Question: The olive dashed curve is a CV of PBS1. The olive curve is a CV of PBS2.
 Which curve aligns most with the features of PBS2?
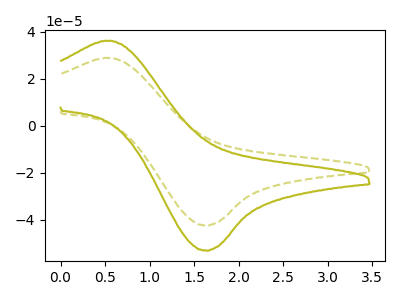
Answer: <think>The olive dashed curve "PBS1" has an anodic peak at (0.55V, 28.85uA) and a cathodic peak at (1.60V, -42.30uA). The olive curve "PBS2" has an anodic peak at (0.55V, 36.10uA) and a cathodic peak at (1.60V, -52.95uA).
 All the peaks in "PBS1" have a peak in "PBS2" at the same potential. Every peak in "PBS1" is lower than every peak in "PBS2".</think>
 <answer>The CV with the most similar shape to "PBS1" is "PBS2".</answer>
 <eval>"PBS2"</eval>